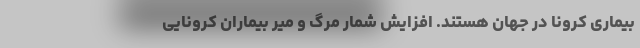
بیماری کرونا در جهان هستند. افزایش شمار مرگ و میر بیماران کرونایی